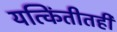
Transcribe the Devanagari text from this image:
यत्किंतीतही